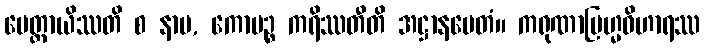
မေတ္တာယိဿတိ စ နာမ, ကောပဉ္စ ကရိဿတီတိ အဋ္ဌာနမေတံ။ ကရုဏာဗြဟ္မဝိဟာရဿ